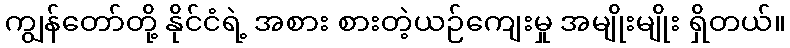
ကျွန်တော်တို့ နိုင်ငံရဲ့ အစား စားတဲ့ယဉ်ကျေးမှု အမျိုးမျိုး ရှိတယ်။